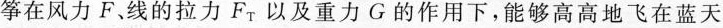
筝在风力F、线的拉力F_{T}以及重力G的作用下，能够高高地飞在蓝天